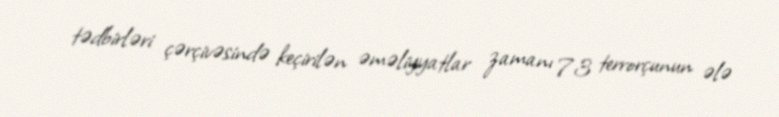
tədbirləri çərçivəsində keçirilən əməliyyatlar zamanı 73 terrorçunun ələ